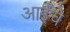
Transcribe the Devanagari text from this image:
आईंचे